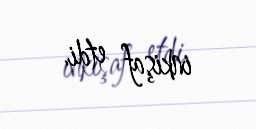
inkişaf etdi.